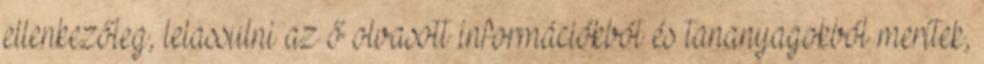
ellenkezőleg, lelassulni az ő olvasott információkból és tananyagokból merítek,